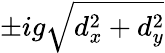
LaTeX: \pm ig\sqrt{d_{x}^{2}+d_{y}^{2}}